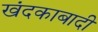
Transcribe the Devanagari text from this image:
खंदकाबादी